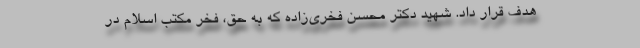
هدف قرار داد. شهید دکتر محسن فخری‌زاده که به حقّ، فخر مکتب اسلام در